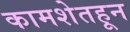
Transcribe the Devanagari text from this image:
कामशेतहून